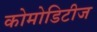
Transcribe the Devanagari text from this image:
कोमोडिटीज